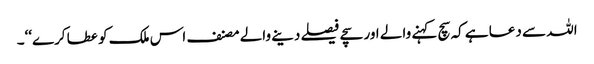
اللہ سے دعا ہے کہ سچ کہنے والے اور سچے فیصلے دینے والے مصنف اس ملک کو عطا کرے‘‘۔